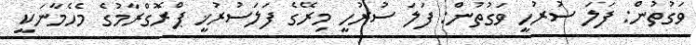
ވަގުތުން: ފަލަ ސުރުހީ ވަގުތުން: ފަލަ ސުރުހީ މިރޭގެ ފަލަސުރުޚީ ޕްރޮގްރާމުގެ މެހެމާނަކީ